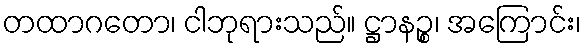
တထာဂတော၊ ငါဘုရားသည်။ ဋ္ဌာနဉ္စ၊ အကြောင်း၊